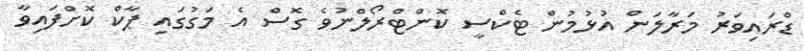
ޑްރައިވަރު މަރާލަން އުޅުމުން ޓެކްސީ ކޮންޓްރޯލްނުވެ ގޮސް އެ މަގުގައި ޕާކް ކޮށްފައިވާ